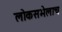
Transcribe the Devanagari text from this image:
लोकसभेलाच